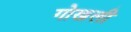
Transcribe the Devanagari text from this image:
गोखली